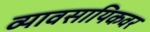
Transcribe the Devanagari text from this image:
व्यावसायिकवर